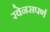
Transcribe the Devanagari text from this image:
रवेनसपर्ण